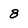
Character: 8